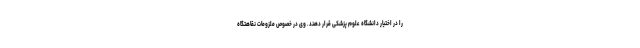
را در اختیار دانشگاه علوم پزشکی قرار دهند. وی در خصوص ملزومات نقاهتگاه